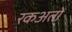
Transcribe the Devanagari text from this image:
रकअतों